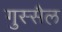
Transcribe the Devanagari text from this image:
गुस्‍सैल